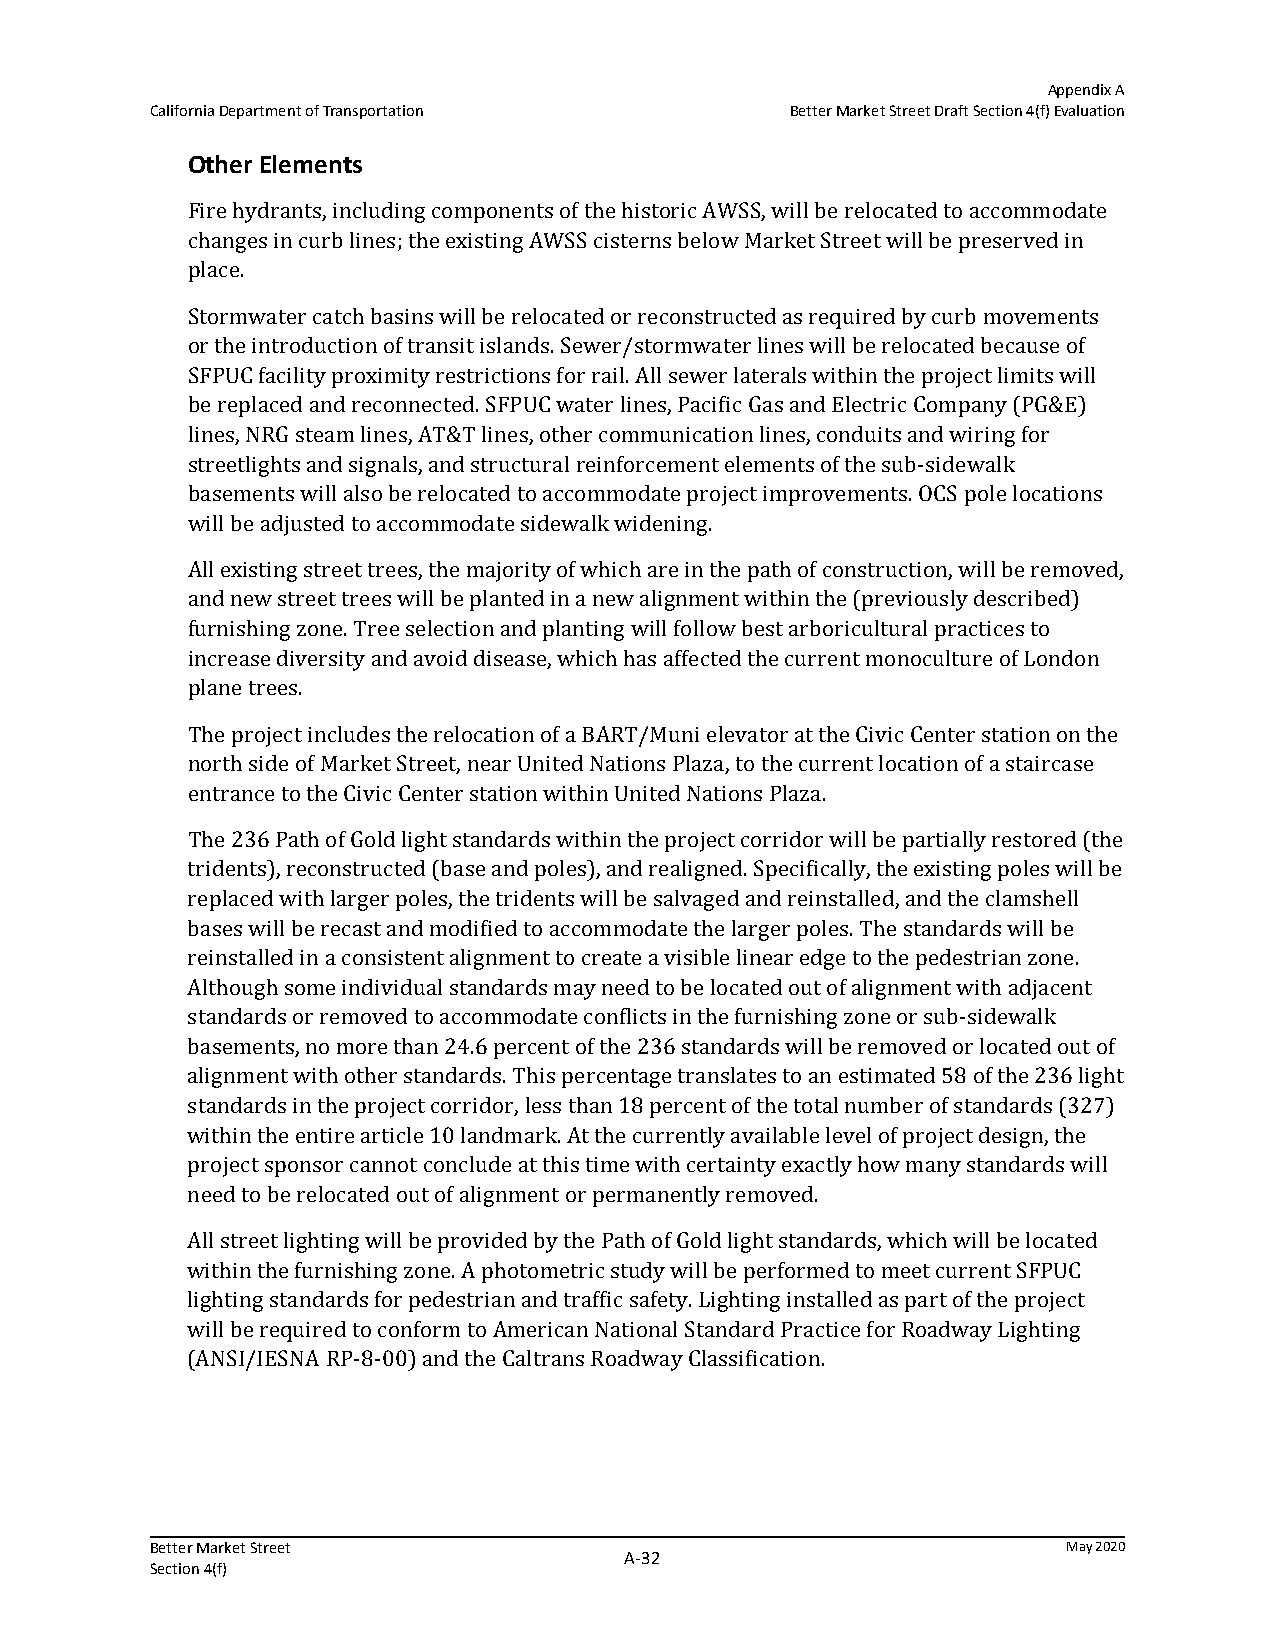
Appendix A
 California Department of Transportation   Better Market Street Draft Section 4(f) Evaluation
 Other Elements
 Fire hydrants, including components of the historic AWSS, will be relocated to accommodate
 changes in curb lines; the existing AWSS cisterns below Market Street will be preserved in
 place.
 Stormwater catch basins will be relocated or reconstructed as required by curb movements
 or the introduction of transit islands. Sewer/stormwater lines will be relocated because of
 SFPUC facility proximity restrictions for rail. All sewer laterals within the project limits will
 be replaced and reconnected. SFPUC water lines, Pacific Gas and Electric Company (PG&E)
 lines, NRG steam lines, AT&T lines, other communication lines, conduits and wiring for
 streetlights and signals, and structural reinforcement elements of the sub-sidewalk
 basements will also be relocated to accommodate project improvements. OCS pole locations
 will be adjusted to accommodate sidewalk widening.
 All existing street trees, the majority of which are in the path of construction, will be removed,
 and new street trees will be planted in a new alignment within the (previously described)
 furnishing zone. Tree selection and planting will follow best arboricultural practices to
 increase diversity and avoid disease, which has affected the current monoculture of London
 plane trees.
 The project includes the relocation of a BART/Muni elevator at the Civic Center station on the
 north side of Market Street, near United Nations Plaza, to the current location of a staircase
 entrance to the Civic Center station within United Nations Plaza.
 The 236 Path of Gold light standards within the project corridor will be partially restored (the
 tridents), reconstructed (base and poles), and realigned. Specifically, the existing poles will be
 replaced with larger poles, the tridents will be salvaged and reinstalled, and the clamshell
 bases will be recast and modified to accommodate the larger poles. The standards will be
 reinstalled in a consistent alignment to create a visible linear edge to the pedestrian zone.
 Although some individual standards may need to be located out of alignment with adjacent
 standards or removed to accommodate conflicts in the furnishing zone or sub-sidewalk
 basements, no more than 24.6 percent of the 236 standards will be removed or located out of
 alignment with other standards. This percentage translates to an estimated 58 of the 236 light
 standards in the project corridor, less than 18 percent of the total number of standards (327)
 within the entire article 10 landmark. At the currently available level of project design, the
 project sponsor cannot conclude at this time with certainty exactly how many standards will
 need to be relocated out of alignment or permanently removed.
 All street lighting will be provided by the Path of Gold light standards, which will be located
 within the furnishing zone. A photometric study will be performed to meet current SFPUC
 lighting standards for pedestrian and traffic safety. Lighting installed as part of the project
 will be required to conform to American National Standard Practice for Roadway Lighting
 (ANSI/IESNA RP-8-00) and the Caltrans Roadway Classification.
 Better Market Street                                         May 2020
 A‐32
 Section 4(f)